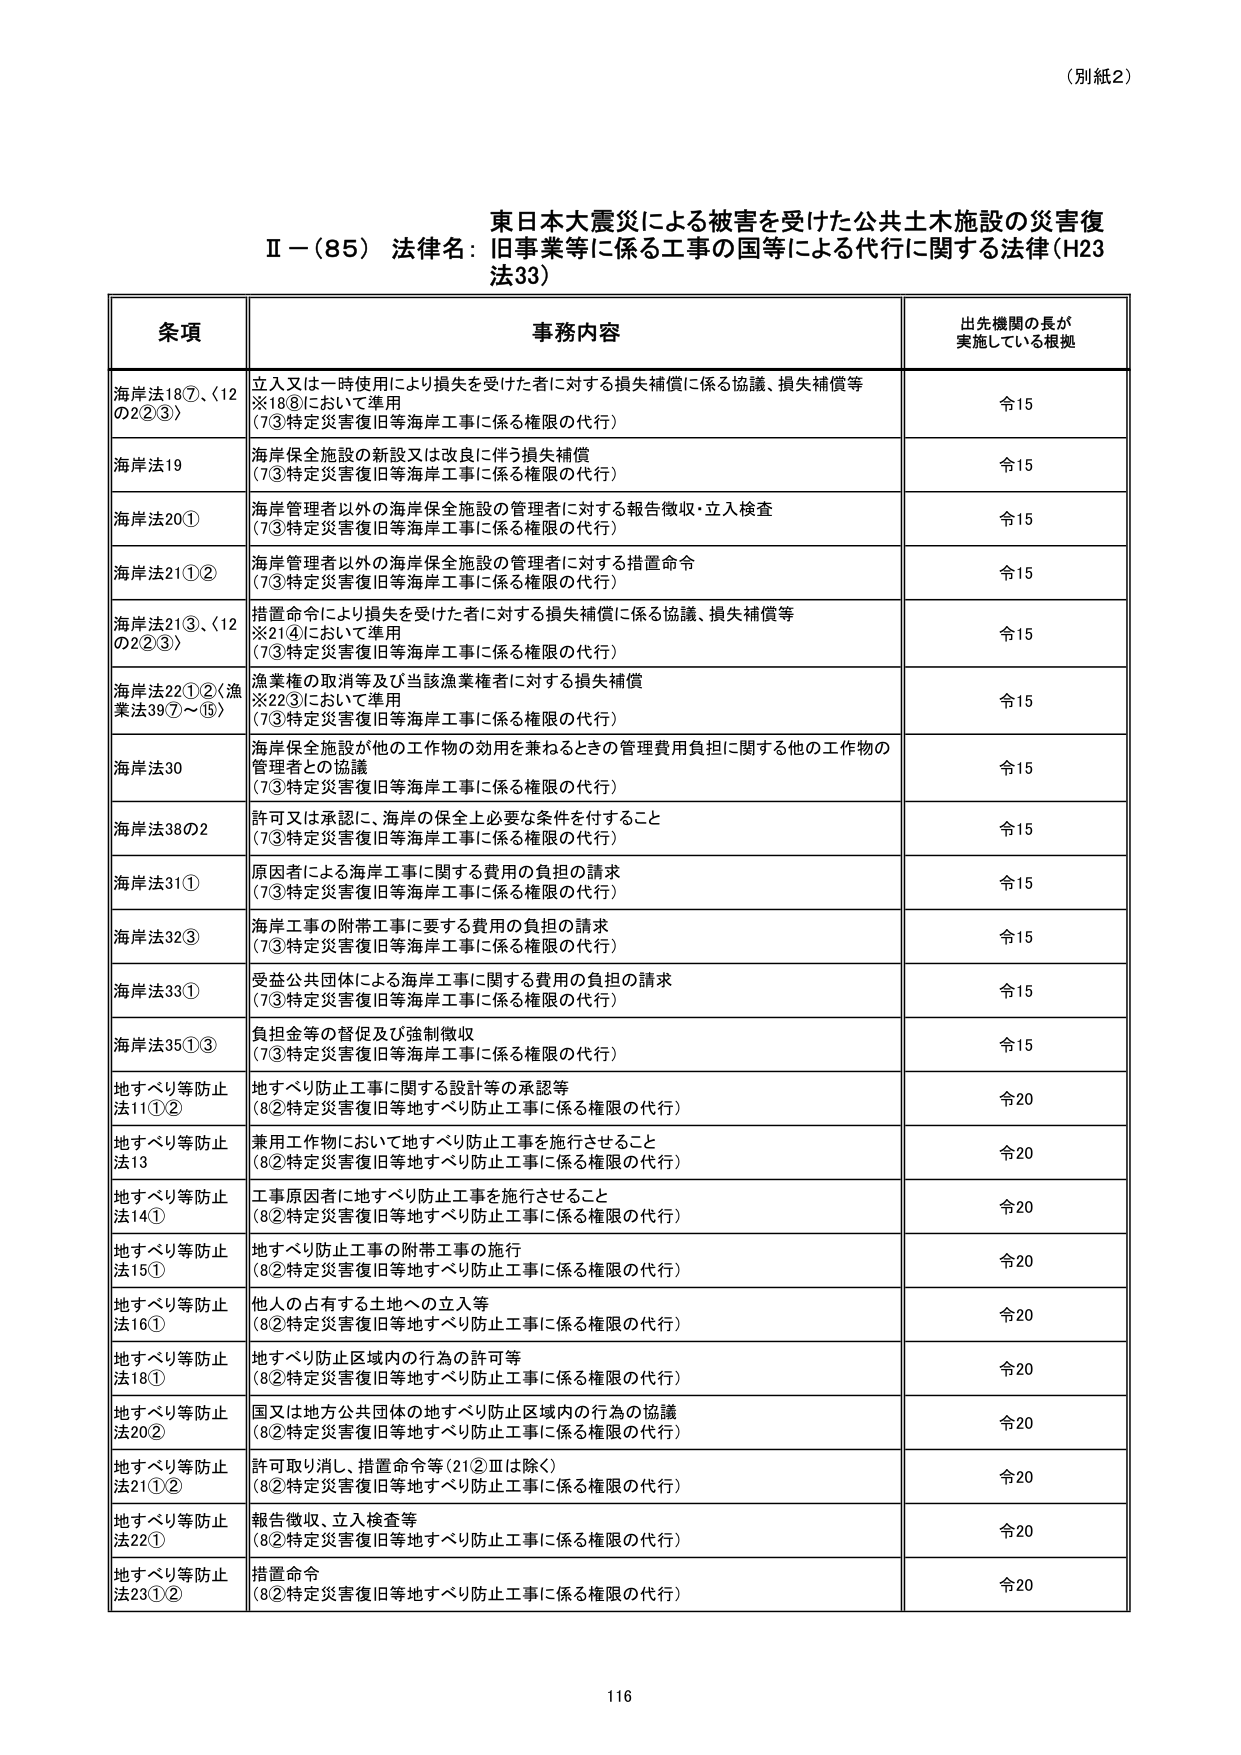
（別紙2）

東日本大震災による被害を受けた公共土木施設の災害復
Ⅱ－（85）法律名：旧事業等に係る工事の国等による代行に関する法律（H23
法33）

条項 事務内容 出先機関の長が
実施している根拠

海岸法18⑦、〈12
の2②③〉 立入又は一時使用により損失を受けた者に対する損失補償に係る協議、損失補償等
※18⑧において準用
（7③特定災害復旧等海岸工事に係る権限の代行） 令15

海岸法19 海岸保全施設の新設又は改良に伴う損失補償
（7③特定災害復旧等海岸工事に係る権限の代行） 令15

海岸法20① 海岸管理者以外の海岸保全施設の管理者に対する報告徴収・立入検査
（7③特定災害復旧等海岸工事に係る権限の代行） 令15

海岸法21①② 海岸管理者以外の海岸保全施設の管理者に対する措置命令
（7③特定災害復旧等海岸工事に係る権限の代行） 令15

海岸法21③、〈12
の2②③〉 措置命令により損失を受けた者に対する損失補償に係る協議、損失補償等
※21④において準用
（7③特定災害復旧等海岸工事に係る権限の代行） 令15

海岸法22①②〈漁
業法39⑦～⑮〉 漁業権の取消等及び当該漁業権者に対する損失補償
※22③において準用
（7③特定災害復旧等海岸工事に係る権限の代行） 令15

海岸法30 海岸保全施設が他の工作物の効用を兼ねるときの管理費用負担に関する他の工作物の
管理者との協議
（7③特定災害復旧等海岸工事に係る権限の代行） 令15

海岸法38の2 許可又は承認に、海岸の保全上必要な条件を付すること
（7③特定災害復旧等海岸工事に係る権限の代行） 令15

海岸法31① 原因者による海岸工事に関する費用の負担の請求
（7③特定災害復旧等海岸工事に係る権限の代行） 令15

海岸法32③ 海岸工事の附帯工事に要する費用の負担の請求
（7③特定災害復旧等海岸工事に係る権限の代行） 令15

海岸法33① 受益公共団体による海岸工事に関する費用の負担の請求
（7③特定災害復旧等海岸工事に係る権限の代行） 令15

海岸法35①③ 負担金等の督促及び強制徴収
（7③特定災害復旧等海岸工事に係る権限の代行） 令15

地すべり等防止
法11①② 地すべり防止工事に関する設計等の承認等
（8②特定災害復旧等地すべり防止工事に係る権限の代行） 令20

地すべり等防止
法13 兼用工作物において地すべり防止工事を施行させること
（8②特定災害復旧等地すべり防止工事に係る権限の代行） 令20

地すべり等防止
法14① 工事原因者に地すべり防止工事を施行させること
（8②特定災害復旧等地すべり防止工事に係る権限の代行） 令20

地すべり等防止
法15① 地すべり防止工事の附帯工事の施行
（8②特定災害復旧等地すべり防止工事に係る権限の代行） 令20

地すべり等防止
法16① 他人の占有する土地への立入等
（8②特定災害復旧等地すべり防止工事に係る権限の代行） 令20

地すべり等防止
法18① 地すべり防止区域内の行為の許可等
（8②特定災害復旧等地すべり防止工事に係る権限の代行） 令20

地すべり等防止
法20② 国又は地方公共団体の地すべり防止区域内の行為の協議
（8②特定災害復旧等地すべり防止工事に係る権限の代行） 令20

地すべり等防止
法21①② 許可取り消し、措置命令等（21②Ⅲは除く）
（8②特定災害復旧等地すべり防止工事に係る権限の代行） 令20

地すべり等防止
法22① 報告徴収、立入検査等
（8②特定災害復旧等地すべり防止工事に係る権限の代行） 令20

地すべり等防止
法23①② 措置命令
（8②特定災害復旧等地すべり防止工事に係る権限の代行） 令20

116